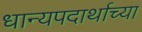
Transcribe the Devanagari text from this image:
धान्यपदार्थाच्या